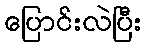
ပြောင်းလဲပြီး